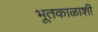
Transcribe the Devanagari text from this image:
भूतकाळाशी